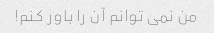
من نمی توانم آن را باور کنم!